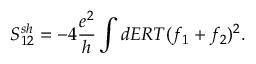
{ S _ { 1 2 } ^ { s h } } = - 4 \frac { e ^ { 2 } } { h } \int d E R T ( f _ { 1 } + f _ { 2 } ) ^ { 2 } .